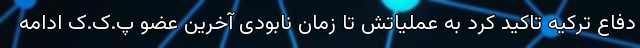
دفاع ترکیه تاکید کرد به عملیاتش تا زمان نابودی آخرین عضو پ.ک.ک ادامه